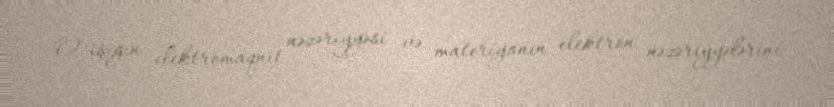
O işığın elektromaqnit nəzəriyyəsi və materiyanın elektron nəzəriyyələrini